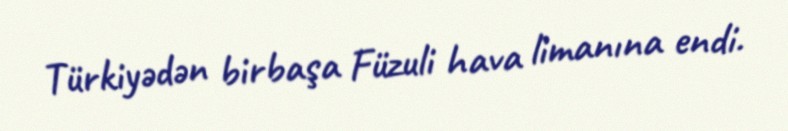
Türkiyədən birbaşa Füzuli hava limanına endi.